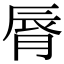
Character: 脣